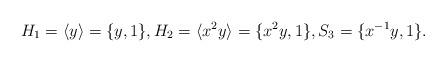
LaTeX: \begin{align*}H_1 =\langle y \rangle =\lbrace y,1\rbrace, H_2 =\langle x^2y \rangle=\lbrace x^2y,1 \rbrace, S_3 =\lbrace x^{-1}y, 1\rbrace.\end{align*}